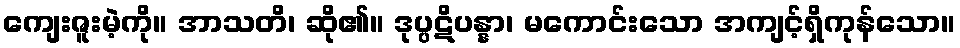
ကျေးဇူးမဲ့ကို။ အာသတိ၊ ဆို၏။ ဒုပ္ပဋိပန္နာ၊ မကောင်းသော အကျင့်ရှိကုန်သော။